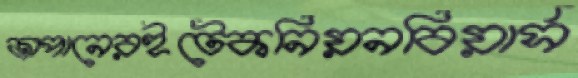
জাপানেরইটেকনিয়নবিয়ার্স